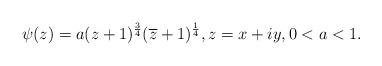
LaTeX: \begin{align*}\psi(z)=a (z+1)^{\frac{3}{4}} (\overline{z}+1)^{\frac{1}{4}}, z=x+iy, 0<a<1.\end{align*}